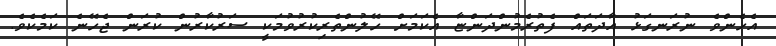
އެހެންވެ ނުރަނގަޅު އާދަތައް ފެތުރެމުންދަންޏާ އެކަމަށް ހޭލުންތެރިކުރުވުމަކީ ސަރުކާރުން ކުރަން ޖެހޭނެ ކަމެކެވެ.